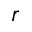
\boldsymbol r